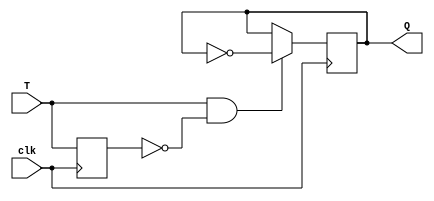
module T_flipflop (
    input T,
    input clk,
    output reg Q
);

reg T_prev;

always @(posedge clk) begin
    if (T && !T_prev)
        Q <= ~Q;
    T_prev <= T;
end

endmodule